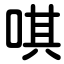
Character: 唭